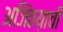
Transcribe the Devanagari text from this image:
अजिंठय़ाची